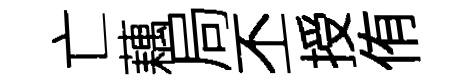
亡藕局丕授侑